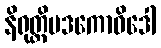
နိရုတ္တိပဒကောဝိဒေါ